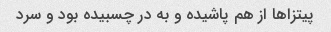
پیتزا‌ها از هم پاشیده و به در چسبیده بود و سرد